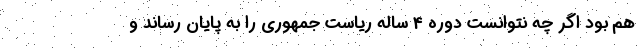
هم بود اگر چه نتوانست دوره 4 ساله ریاست جمهوری را به پایان رساند و